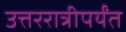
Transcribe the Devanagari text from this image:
उत्तररात्रीपर्यंत